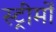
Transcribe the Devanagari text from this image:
स्ट्रीमों